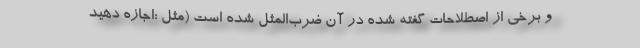
و برخی از اصطلاحات گفته شده در آن ضرب‌المثل شده است (‌مثل :اجازه دهید